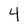
Character: 4